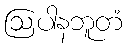
ဩပါနဘူတံ